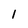
Character: 1